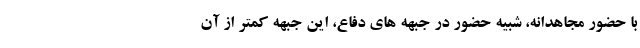
با حضور مجاهدانه، شبیه حضور در جبهه های دفاع، این جبهه کمتر از آن